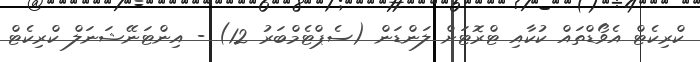
ކްރިކެޓް އެވޯޑްތައް ކުކާއި ޓްރޮޓަށް ލަންޑަން (ސެޕްޓެމްބަރު 12) - އިންޓަނޭޝަނަލް ކްރިކެޓް